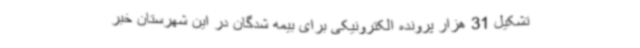
تشکیل 31 هزار پرونده الکترونیکی برای بیمه شدگان در این شهرستان خبر